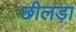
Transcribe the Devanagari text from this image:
छीलड़ा